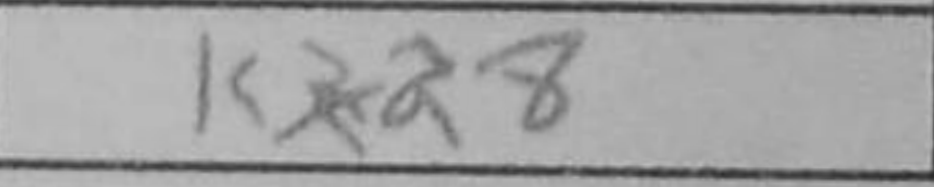
Transcription: Kxd8